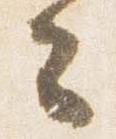
云